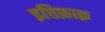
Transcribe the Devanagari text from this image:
इत्तिफ़ाक़